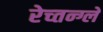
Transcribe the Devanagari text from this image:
रेच्तन्ग्ले